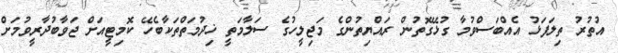
އުތުރު ތިލަފަޅު އެއްބަސްވުމާ ގުޅޭގޮތުން ރައްޔިތުންގެ މަޖިލީހުގެ ސަލާމަތީ ޚިދުމަތްތަކާބެހޭ ކޮމިޓީއަށް ޖަވާބުދާރީވުމަށް